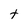
Character: t